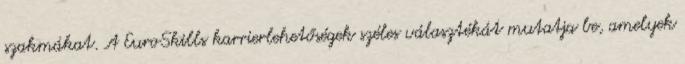
szakmákat. A EuroSkills karrierlehetőségek széles választékát mutatja be, amelyek